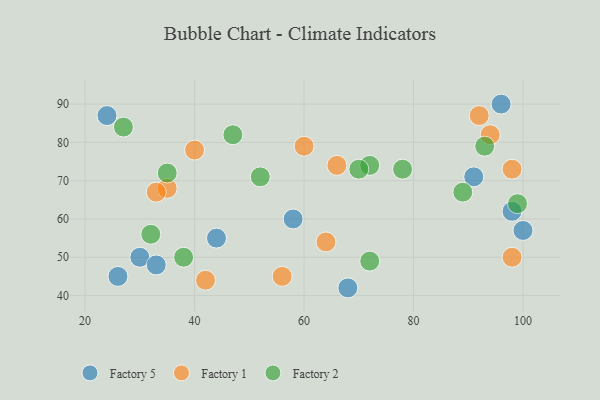
{"axis": {"x": "GDP", "y": "Life Expectancy"}, "legend": ["Factory 1", "Factory 2", "Factory 5"], "data": [{"x": "96", "y": 90, "type": "Factory 5"}, {"x": "100", "y": 57, "type": "Factory 5"}, {"x": "30", "y": 50, "type": "Factory 5"}, {"x": "91", "y": 71, "type": "Factory 5"}, {"x": "58", "y": 60, "type": "Factory 5"}, {"x": "44", "y": 55, "type": "Factory 5"}, {"x": "26", "y": 45, "type": "Factory 5"}, {"x": "33", "y": 48, "type": "Factory 5"}, {"x": "68", "y": 42, "type": "Factory 5"}, {"x": "98", "y": 62, "type": "Factory 5"}, {"x": "24", "y": 87, "type": "Factory 5"}, {"x": "98", "y": 50, "type": "Factory 1"}, {"x": "56", "y": 45, "type": "Factory 1"}, {"x": "92", "y": 87, "type": "Factory 1"}, {"x": "94", "y": 82, "type": "Factory 1"}, {"x": "60", "y": 79, "type": "Factory 1"}, {"x": "64", "y": 54, "type": "Factory 1"}, {"x": "35", "y": 68, "type": "Factory 1"}, {"x": "66", "y": 74, "type": "Factory 1"}, {"x": "98", "y": 73, "type": "Factory 1"}, {"x": "42", "y": 44, "type": "Factory 1"}, {"x": "33", "y": 67, "type": "Factory 1"}, {"x": "40", "y": 78, "type": "Factory 1"}, {"x": "99", "y": 64, "type": "Factory 2"}, {"x": "89", "y": 67, "type": "Factory 2"}, {"x": "32", "y": 56, "type": "Factory 2"}, {"x": "35", "y": 72, "type": "Factory 2"}, {"x": "27", "y": 84, "type": "Factory 2"}, {"x": "78", "y": 73, "type": "Factory 2"}, {"x": "52", "y": 71, "type": "Factory 2"}, {"x": "72", "y": 74, "type": "Factory 2"}, {"x": "38", "y": 50, "type": "Factory 2"}, {"x": "47", "y": 82, "type": "Factory 2"}, {"x": "93", "y": 79, "type": "Factory 2"}, {"x": "72", "y": 49, "type": "Factory 2"}, {"x": "70", "y": 73, "type": "Factory 2"}]}